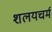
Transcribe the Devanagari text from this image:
शलयचर्म